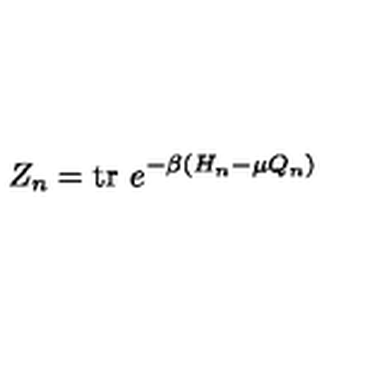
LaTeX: Z _ { n } = \mathrm { t r } \ e ^ { - \beta ( H _ { n } - \mu Q _ { n } ) }